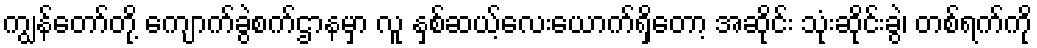
ကျွန်တော်တို့ ကျောက်ခွဲစက်ဌာနမှာ လူ နှစ်ဆယ့်လေးယောက်ရှိတော့ အဆိုင်း သုံးဆိုင်းခွဲ၊ တစ်ရက်ကို